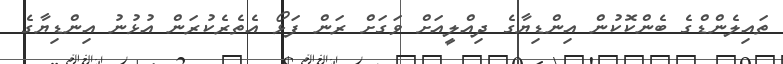
ތައިލެންޑްގެ ބެންކޮކުން އިންޑިޔާގެ ދިއްލީއަށް ވަގަށް ރަން ފަޅޯ އެތެރެކުރަން އުޅުނު އިންޑިޔާގެ